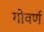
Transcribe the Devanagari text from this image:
गोवर्ण